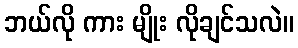
ဘယ်လို ကား မျိုး လိုချင်သလဲ။